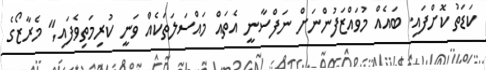
ކަޑަތު ކޮށްފައި. ބައެއް މުވައްޒަފުންނަށް ނަފްސާނީ އެތައް މައްސަލަތަކެއް ވަނީ ކުރިމަތިވެފައި